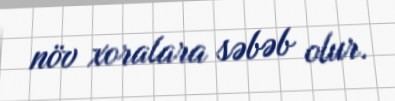
növ xoralara səbəb olur.